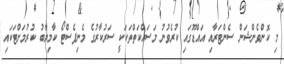
މި ކޮންވެންޝަން ސެންޓަރާއި އައްޑޫގައި ކުރެވުނު މަސައްކަތްތަކަކީ ސަރުކާރުގެ މެނިފެސްޓޯ ކާމިޔާބު ކުރުމަށްޓަކައި